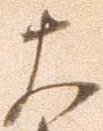
大